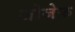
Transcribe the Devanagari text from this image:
जोजेफ़